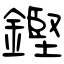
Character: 鏗